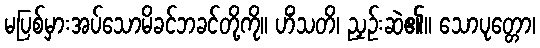
မပြစ်မှားအပ်သောမိခင်ဘခင်တို့ကို။ ဟိံသတိ၊ ညှဉ်းဆဲ၏။ သောပုတ္တော၊